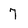
Character: 7